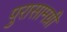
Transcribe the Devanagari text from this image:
पुरासामग्री